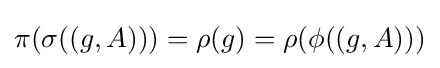
\pi (\sigma ((g,A)))=\rho (g)=\rho (\phi ((g,A)))